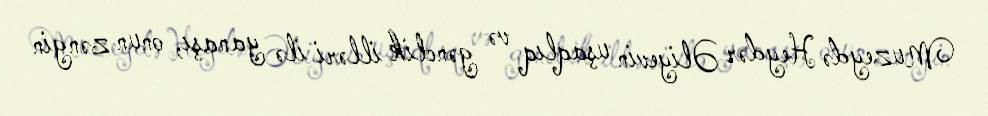
Muzeydə Heydər Əliyevin uşaqlıq və gənclik illəri ilə yanaşı, onun zəngin